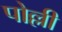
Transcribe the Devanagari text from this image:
पोल्ली